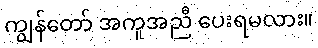
ကျွန်တော် အကူအညီ ပေးရမလား။